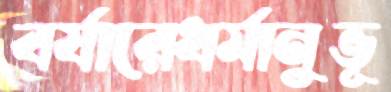
বর্ষারেধর্মানুভূ